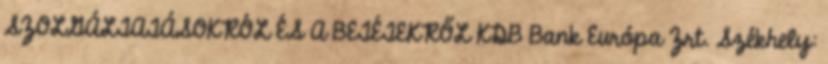
SZOLGÁLTATÁSOKRÓL ÉS A BETÉTEKRŐL KDB Bank Európa Zrt. Székhely: